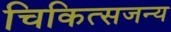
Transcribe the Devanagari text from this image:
चिकित्सजन्य